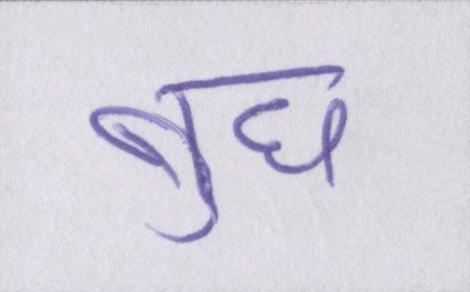
बुध